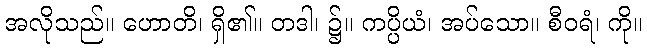
အလိုသည်။ ဟောတိ၊ ရှိ၏။ တဒါ၊ ၌။ ကပ္ပိယံ၊ အပ်သော။ စီဝရံ၊ ကို။